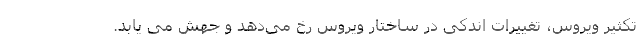
تکثیر ویروس، تغییرات اندکی در ساختار ویروس رخ می‌دهد و جهش می یابد.